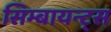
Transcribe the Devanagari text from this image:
सिम्बायन्ट्स